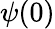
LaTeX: \psi(0)